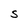
Character: S